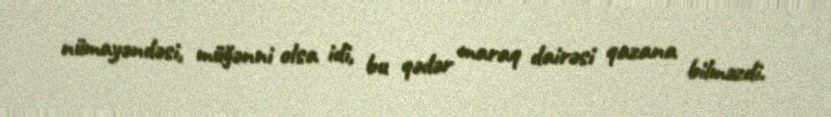
nümayəndəsi, müğənni olsa idi, bu qədər maraq dairəsi qazana bilməzdi.